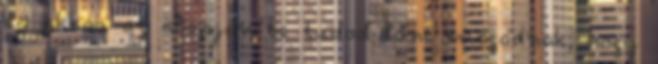
és akkor az alapján be tudod lőni magadnak, hogy